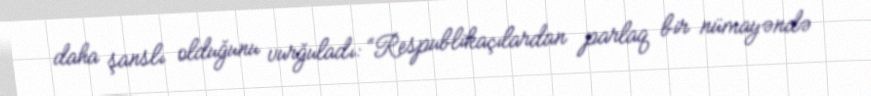
daha şanslı olduğunu vurğuladı: “Respublikaçılardan parlaq bir nümayəndə